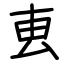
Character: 叀